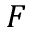
F